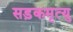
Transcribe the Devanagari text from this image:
सड़कमृत्यु